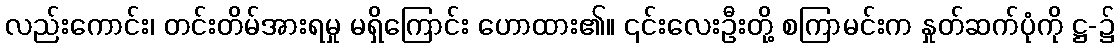
လည်းကောင်း၊ တင်းတိမ်အားရမှု မရှိကြောင်း ဟောထား၏။ ၎င်းလေးဦးတို့ စကြာမင်းက နှုတ်ဆက်ပုံကို ဋ္ဌ-၌